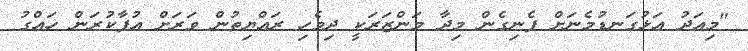
"މިއަދު އަޅުގަނޑުމެނަށް ފެނިގެން މިދާ މަންޒަރަކީ ދިވެހި ރައްޔިތުން ވަރަށް އުފާކުރަން ހައްގު